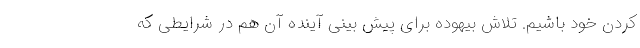
کردن خود باشیم. تلاش بیهوده برای پیش بینی آینده آن هم در شرایطی که